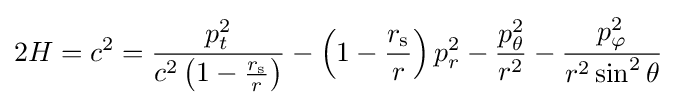
2H=c^{2}={\frac {p_{t}^{2}}{c^{2}\left(1-{\frac {r_{\text{s}}}{r}}\right)}}-\left(1-{\frac {r_{\text{s}}}{r}}\right)p_{r}^{2}-{\frac {p_{\theta }^{2}}{r^{2}}}-{\frac {p_{\varphi }^{2}}{r^{2}\sin ^{2}\theta }}